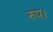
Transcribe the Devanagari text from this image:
रुप।